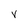
Character: V